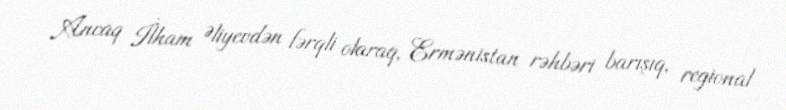
Ancaq İlham Əliyevdən fərqli olaraq, Ermənistan rəhbəri barışıq, regional